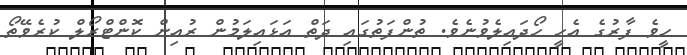
ހީވެ ފާރުގެ އެހީ ހޯދައިލެވުނެވެ. ތުންފަތުގައި ދަތް އަޅައިލަމުން ރުއިން ކޮންޓްރޯލް ކުރެވޭތޯ